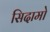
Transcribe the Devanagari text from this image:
सिदामो